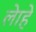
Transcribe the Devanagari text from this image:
लेाहे